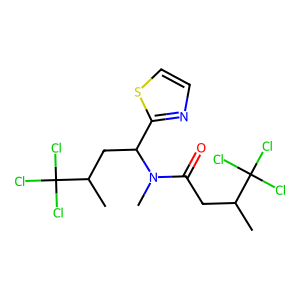
SMILES: CC(CC(=O)N(C)C(CC(C)C(Cl)(Cl)Cl)c1nccs1)C(Cl)(Cl)Cl
Inhibits HIV replication: No